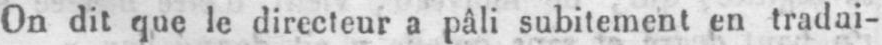
On dit que le directeur a pâli subitement en tradai-